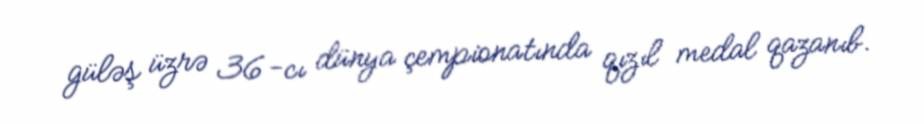
güləş üzrə 36-cı dünya çempionatında qızıl medal qazanıb.